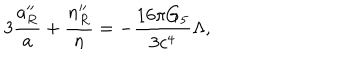
LaTeX: 3 { \frac { a _ { R } ^ { \prime \prime } } { a } } + { \frac { n _ { R } ^ { \prime \prime } } { n } } = - { \frac { 1 6 \pi G _ { 5 } } { 3 c ^ { 4 } } } \Lambda ,